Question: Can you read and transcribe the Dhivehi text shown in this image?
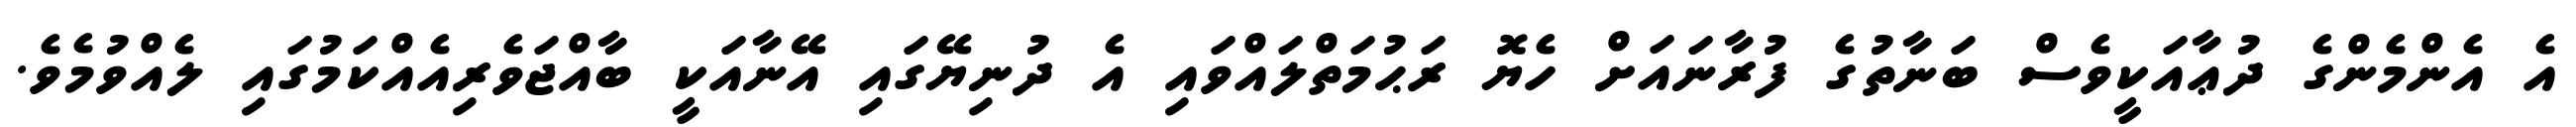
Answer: އެ އެންމެންގެ ދުޢާއަކީވެސް ބަނާތުގެ ފުރާނައަށް ހެޔޮ ރަޙުމަތްލައްވައި އެ ދުނިޔޭގައި އޭނާއަކީ ބާއްޖަވެރިއެއްކަމުގައި ލެއްވުމެވެ.